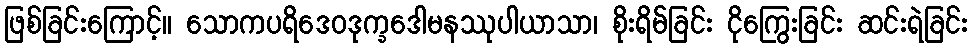
ဖြစ်ခြင်းကြောင့်။ သောကပရိဒေဝဒုက္ခဒေါမနဿုပါယာသာ၊ စိုးရိမ်ခြင်း ငိုကြွေးခြင်း ဆင်းရဲခြင်း